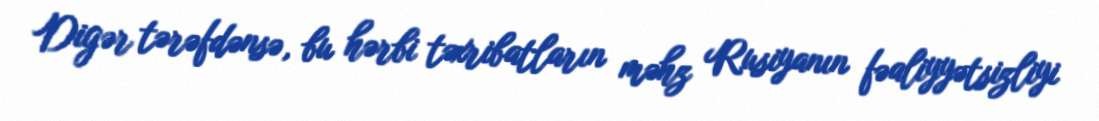
Digər tərəfdənsə, bu hərbi təxribatların məhz Rusiyanın fəaliyyətsizliyi